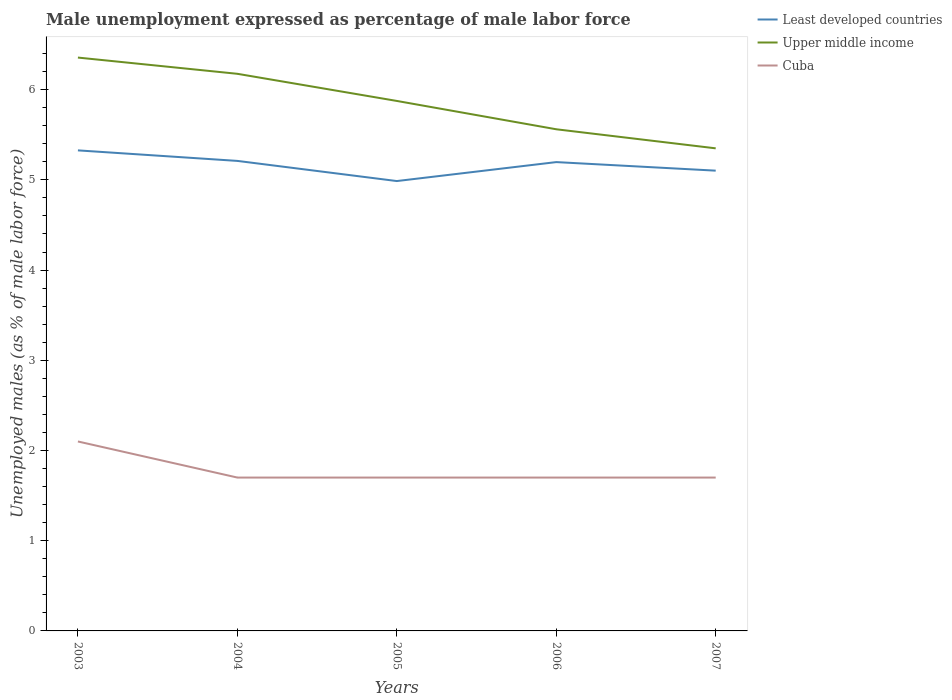
| Years | Least developed countries | Upper middle income | Cuba |
 | --- | --- | --- | --- |
 | 2003 | 5.33 | 6.36 | 2.1 |
 | 2004 | 5.21 | 6.18 | 1.7 |
 | 2005 | 4.99 | 5.87 | 1.7 |
 | 2006 | 5.2 | 5.56 | 1.7 |
 | 2007 | 5.1 | 5.35 | 1.7 |